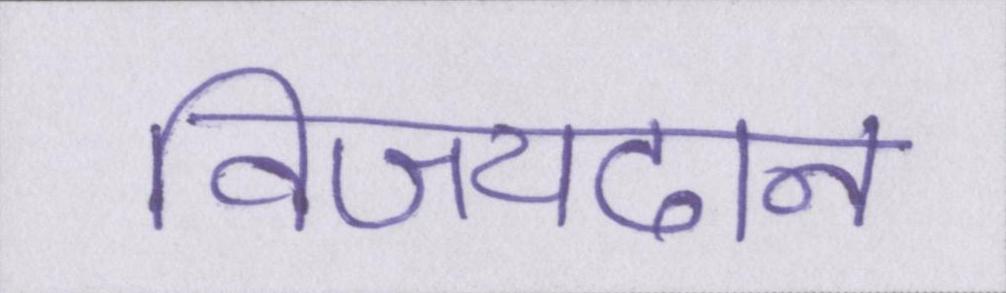
विजयदान